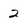
Character: 2